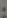
: